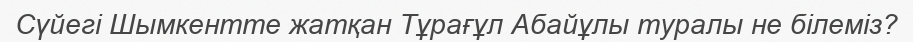
Сүйегі Шымкентте жатқан Тұрағұл Абайұлы туралы не білеміз?